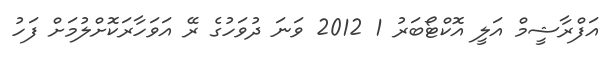
އަފްރާޝީމް އަލީ އޮކްޓޯބަރު 1 2012 ވަނަ ދުވަހުގެ ރޭ އަވަހާރަކޮށްލުމަށް ފަހު